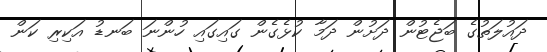
ދައުލަތުގެ ބަޖެޓުން ދަށުން ދަމާ ކުޅެގެން ގައިގައި ހުންނަ ބަނޑު އަކިރި ކަން